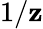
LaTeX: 1/\mathbf{z}